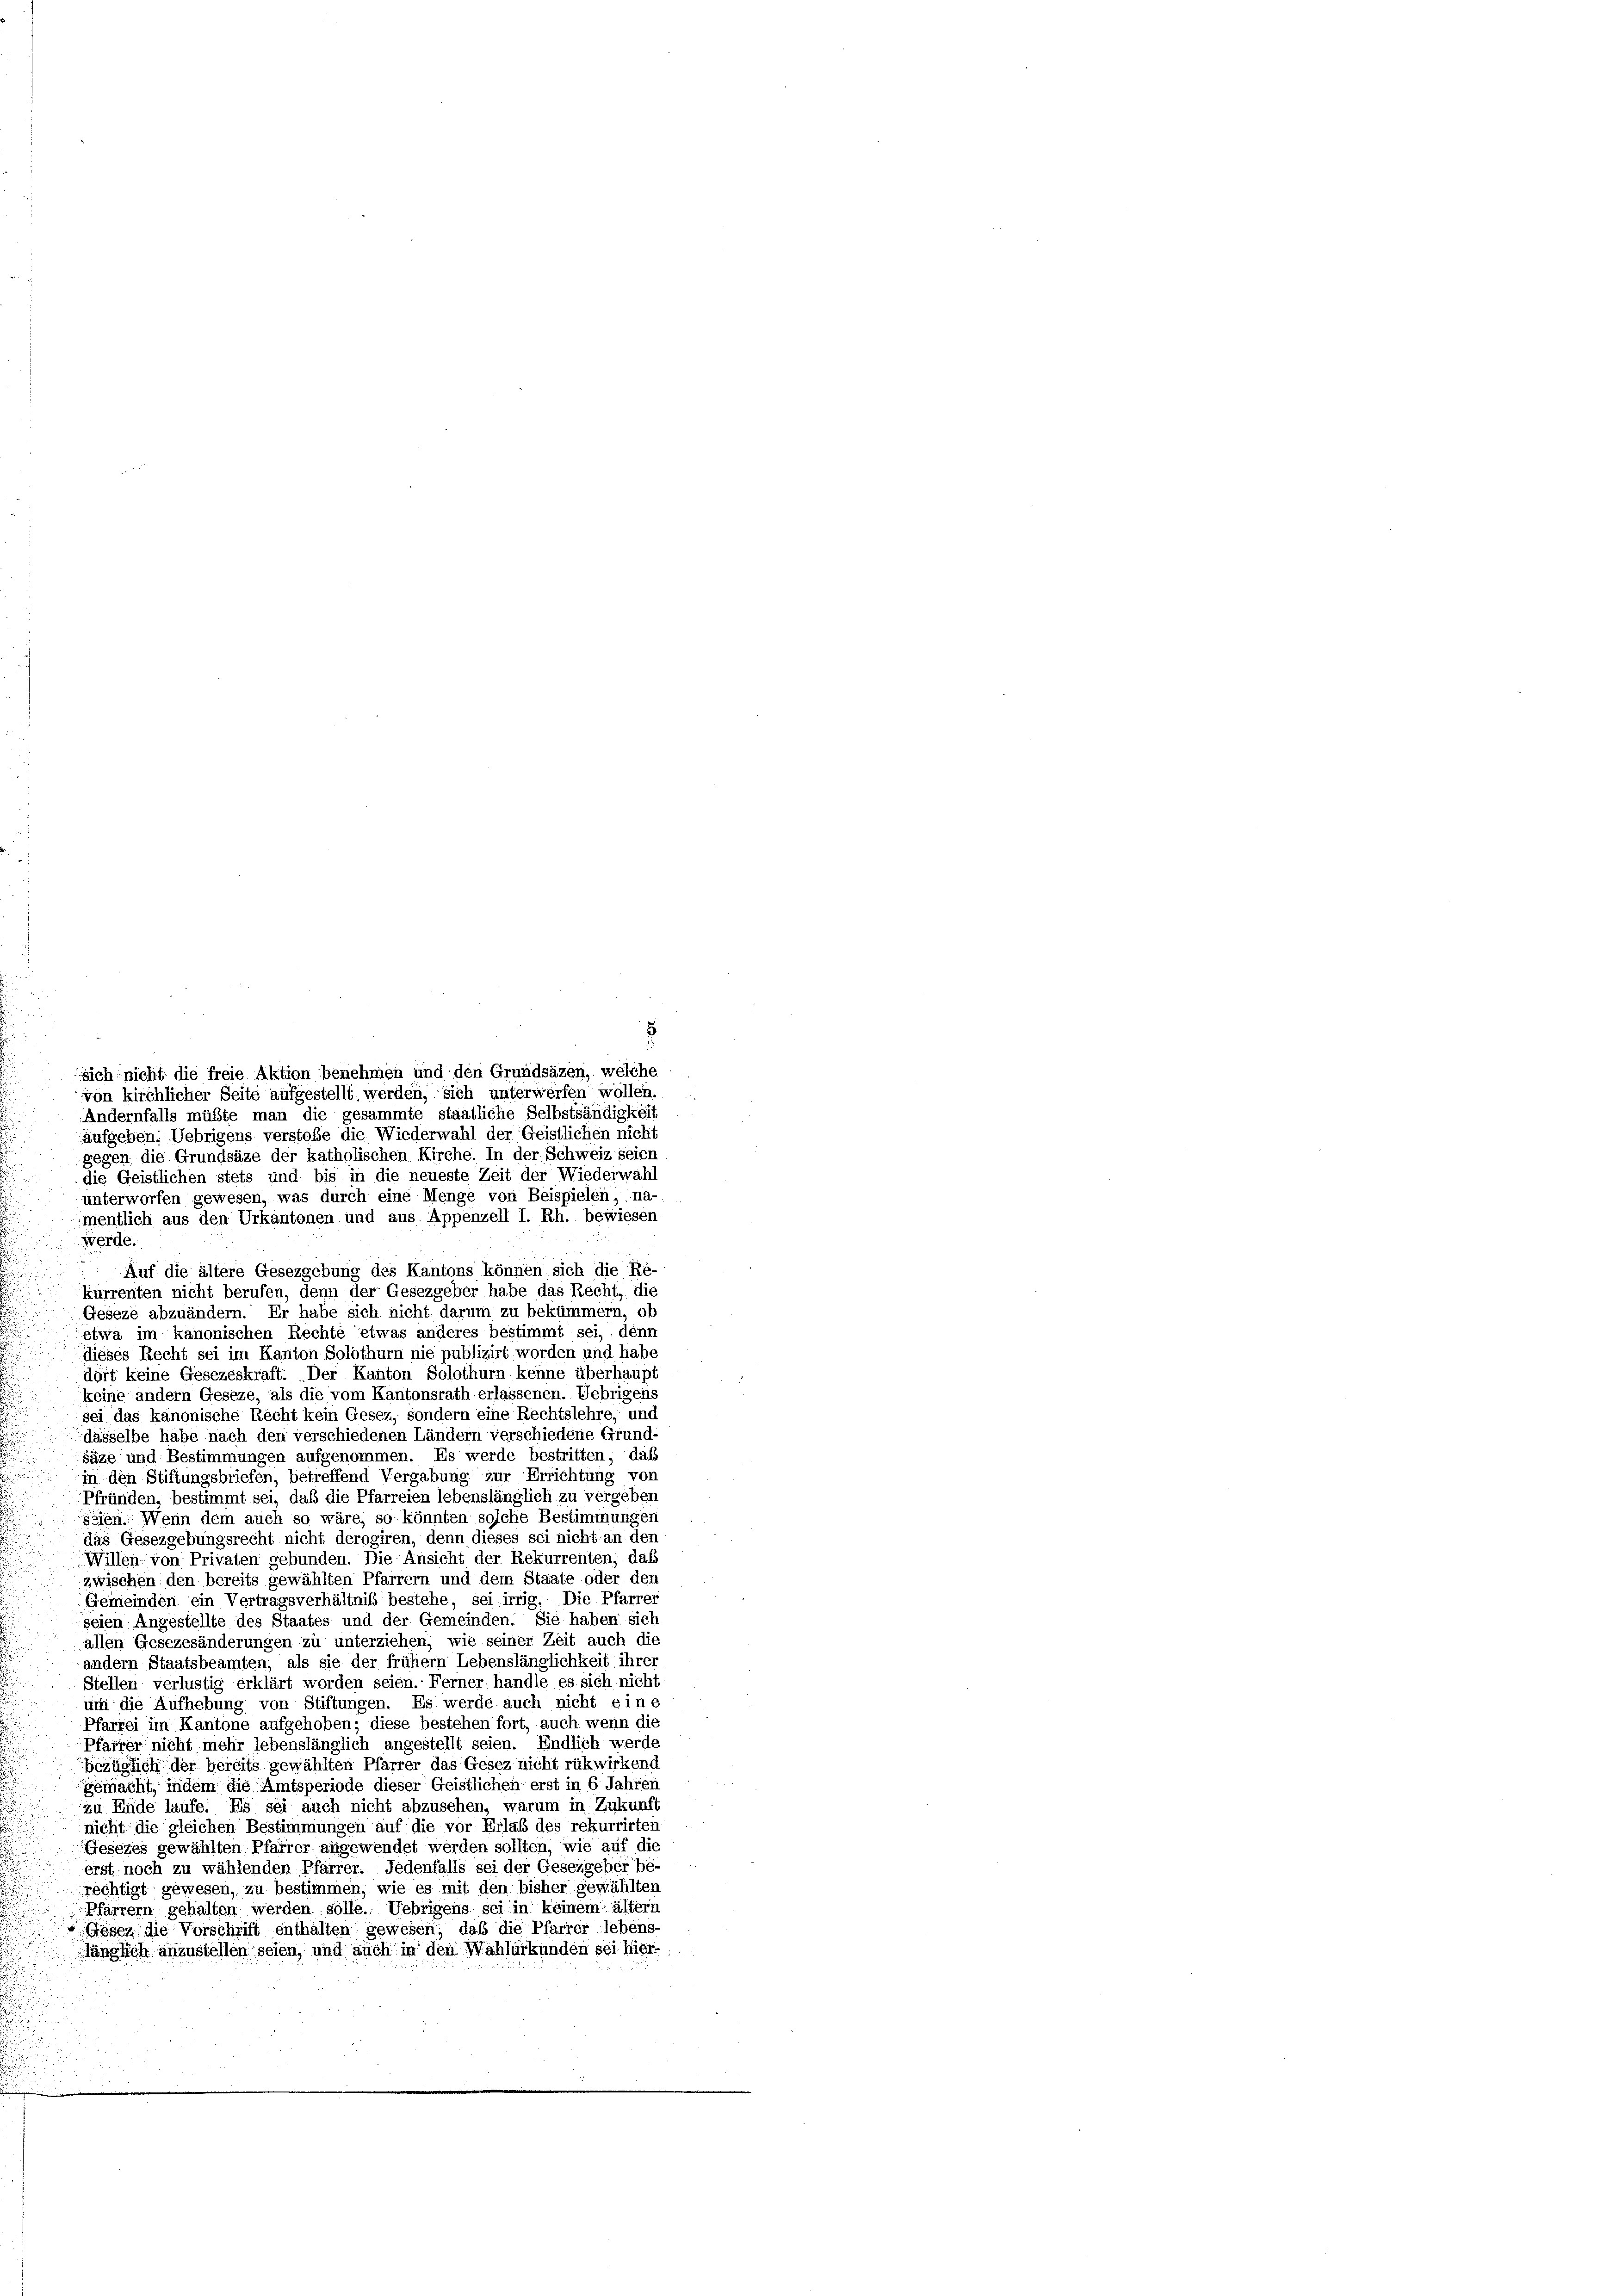
8
sich nicht die freie Aktion benehmen und den Grundsäzen, welche
von kirchlicher Seite aufgestellt werden, sich unterwerfen wollen.
Andernfalls müßte man die gesammte staatliche Selbstsändigkeit
aufgeben: Uebrigens verstoße die Wiederwahl der Geistlichen nicht
gegen die Grundsäze der katholischen Kirche. In der Schweiz seien
die Geistlichen stets und bis in die neueste Zeit der Wiederwahl
unterworfen gewesen, was durch eine Menge von Beispielen, na-
mentlich aus den Urkantonen und aus Appenzell I. Rh. bewiesen
werde.
Auf die ältere Gesezgebung des Kantons können sich die Re-
Kurrenten nicht berufen, denn der Gesezgeber habe das Recht, die
Geseze abzuändern. Er habe sich nicht darum zu bekümmern, ob
etwa im kanonischen Rechte etwas anderes bestimmt sei, denn
dieses Recht sei im Kanton Solothurn nie publizirt, worden und habe
dört keine Gesezeskraft. Der Kanton Solothurn kenne überhaup
keine andern Geseze, als die vom Kantonsrath erlassenen. Uebrigens
sei das kanonische Recht kein Gesez, sondern eine Rechtslehre, und
dasselbe habe nach den verschiedenen Ländern verschiedene Grund-
säze und Bestimmungen aufgenommen. Es werde bestritten, daß
in den Stiftungsbriefen, betreffend Vergabung zur Errichtung von
Pfründen, bestimmt sei, daß die Pfarreien lebenslänglich zu vergeben
jsien. Wenn dem auch so wäre, so könnten solche Bestimmungen
das Gesezgebungsrecht nicht derogiren, denn dieses sei nicht an den
Willen von Privaten gebunden. Die Ansicht der Rekurrenten, daß
zwischen den bereits gewählten Pfarrern und dem Staate oder den
Gemeinden ein Vertragsverhältnis bestehe, sei irrig. Die Pfarrer
seien Angestellte des Staates und der Gemeinden. Sie haben sich
allen Gesezesänderungen zu unterziehen, wie seiner Zeit auch die
andern Staatsbeamten, als sie der frühem Lebenslänglichkeit ihrer
Stellen verlustig erklärt worden seien. Ferner handle es sich nicht
um die Aufhebung von Stiftungen. Es werde auch nicht eine
Pfarrei im Kantone aufgehoben; diese bestehen fort, auch wenn die
Pfarrer nicht mehr lebenslänglich angestellt seien. Endlich werde
bezüglich der bereits gewählten Pfarrer das Gesez nicht rükwirkend
gemacht, indem die Amtsperiode dieser Geistlichen erst in 6. Jahren
zu Ende laufe. Es sei auch nicht abzusehen, warum in Zukunft
nicht die gleichen Bestimmungen auf die vor Erlaß des rekurrirten
Gesezes gewählten Pfarrer angewendet werden sollten, wie auf die
erst noch zu wählenden Pfarrer. Jedenfalls sei der Gesezgeber be-
rechtigt gewesen, zu bestimmen, wie es mit den bisher gewählten
Pfarrern gehalten werden solle. Uebrigens sei in keinem ältern
Gösen die Vorschrift enthalten gewesen; daß die Pfarrer lebens-
länglich anzustellen seien, und auch in den Wahlürkunden sei hier-